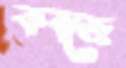
কবজে